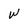
Character: W